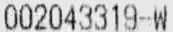
002043319-W